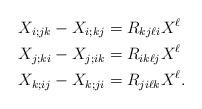
LaTeX: \begin{align*}X_{i;jk} - X_{i;kj} &= R_{kj\ell i} X^\ell\\X_{j;ki} - X_{j;ik} &= R_{ik\ell j} X^\ell\\X_{k;ij} - X_{k;ji} &= R_{ji\ell k} X^\ell. \end{align*}